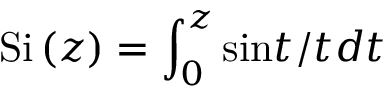
\mathrm { S i } \left( z \right) = \int _ { 0 } ^ { z } \mathrm { s i n } t / t d t